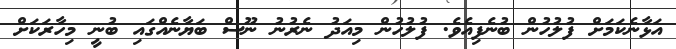
އަޅާނެކަމަށް ފުލުހުން ބުނެފިއެވެ. ފުލުހުން މިއަދު ނެރުނު ނޫސް ބަޔާނެއްގައި ބުނީ މިހާރަކަށް